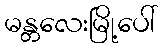
မန္တလေးမြို့ပေါ်